Indian journal of veterinary science and animal husbandry - Volume 4,
Year: 1934
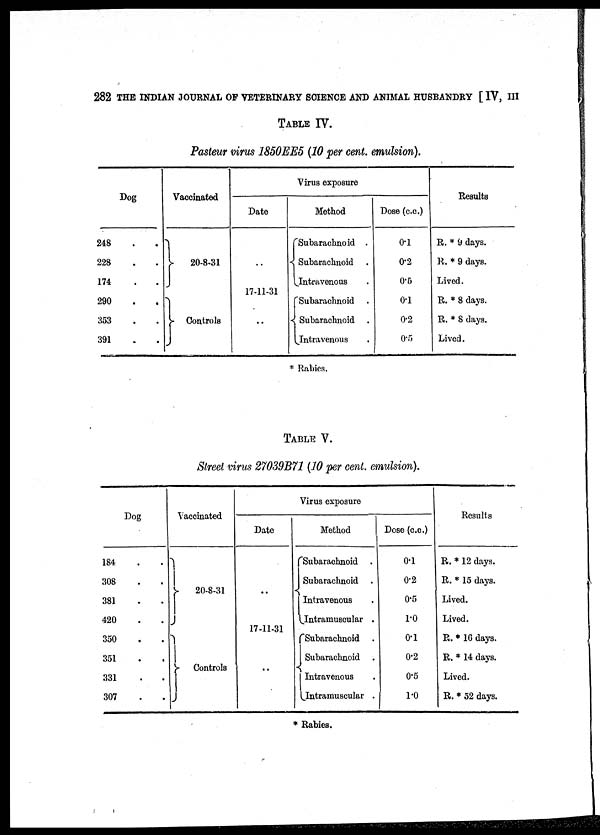
282 THE INDIAN JOURNAL OF VETERINARY SCIENCE AND ANIMAL HUSBANDRY [ IV, III
TABLE IV.
Pasteur virus 1850EE5 (10 per cent. emulsion).
Dog
248 . .
228 . .
174 . .
290 . .
353 . .
391 . .
Vaccinated
} 20-8-31
} Controls
Virus exposure
Date
..
17-11-31
..
Method
Subarachnoid .
{ Subarachnoid .
Intravenous .
Subarachnoid .
} Subarachnoid .
Intravenous .
Dose (c.c.)
0.1
0.2
0.5
0.1
0.2
0.5
Results
R. * 9 days.
R. * 9 days.
Lived.
R. * 8 days.
R. * 8 days.
Lived.
* Rabies.
TABLE V.
Street virus 27039B71 (10 per cent. emulsion).
Dog
184 . .
308 . .
381 . .
420 . .
350 . .
351 . .
331 . .
307 . .
Vaccinated
}
20-8-31
}
Controls
Virus exposure
Date
..
17-11-31
..
Method
Subarachnoid .
{ Subarachnoid .
Intravenous .
Intramuscular .
Subarachnoid .
{ Subarachnoid .
Intravenous .
Intramuscular .
Dose (c.c.)
0.1
0.2
0.5
1.0
1.0
0.2
0.5
1.0
Results
R. * 12 days.
R. * 15 days.
Lived.
Lived.
R. * 16 days.
R. * 14 days.
Lived.
R. * 52 days.
* Rabies.